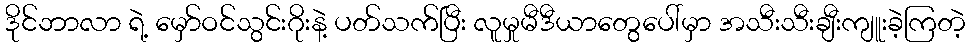
ဒိုင်ဘာလာ ရဲ့ မှော်ဝင်သွင်းဂိုးနဲ့ ပတ်သက်ပြီး လူမှုမီဒီယာတွေပေါ်မှာ အသီးသီးချီးကျူးခဲ့ကြတဲ့